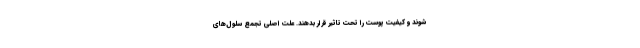
شوند و کیفیت پوست را تحت تاثیر قرار بدهند. علت اصلی تجمع سلول‌های